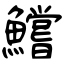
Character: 鱨